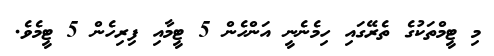
މި ޓީމްތަކުގެ ތެރޭގައި ހިމެނެނީ އަންހެން 5 ޓީމާއި ފިރިހެން 5 ޓީމެވެ.